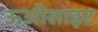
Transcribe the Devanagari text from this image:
ऊओसाइट